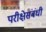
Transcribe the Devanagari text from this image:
परीक्षेसंबंधी